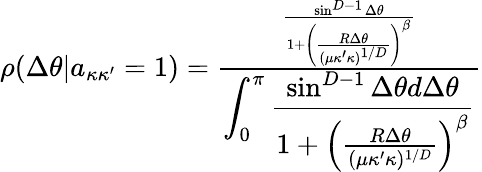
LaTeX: \begin{array}{r}{\rho(\Delta\theta|a_{\kappa\kappa^{\prime}}=1)=\frac{\frac{\sin^{D-1}\Delta\theta}{1+\left(\frac{R\Delta\theta}{(\mu\kappa^{\prime}\kappa)^{1/D}}\right)^{\beta}}}{\displaystyle\int_{0}^{\pi}\frac{\sin^{D-1}\Delta\theta d\Delta\theta}{1+\left(\frac{R\Delta\theta}{(\mu\kappa^{\prime}\kappa)^{1/D}}\right)^{\beta}}}}\end{array}